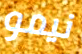
نيمو